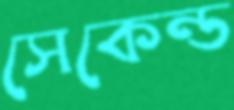
সেকেন্ড